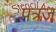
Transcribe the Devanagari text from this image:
पत्रज